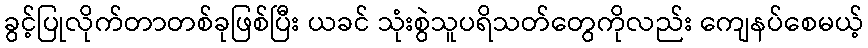
ခွင့်ပြုလိုက်တာတစ်ခုဖြစ်ပြီး ယခင် သုံးစွဲသူပရိသတ်တွေကိုလည်း ကျေနပ်စေမယ့်